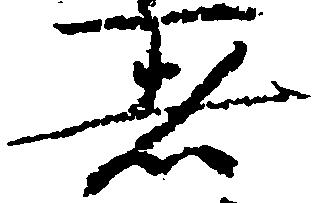
者